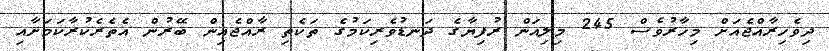
ދިވެހިރާއްޖެއަށް މިހާރުވެސް 245 މިލިއަން ރުފިޔާގެ ދަނޑުވެރިކަމުގެ ތަކެތި ރާއްޖެއިން ބޭރުން އެތެރެކުރާކަމަށާއި